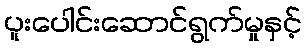
ပူးပေါင်းဆောင်ရွက်မှုနှင့်